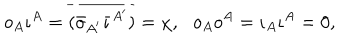
o _ { A } \iota ^ { A } = \overline { { { ( \bar { o } _ { A ^ { \prime } } \bar { \iota } ^ { A ^ { \prime } } ) } } } = \chi , \, \, \, \, o _ { A } o ^ { A } = \iota _ { A } \iota ^ { A } = 0 ,